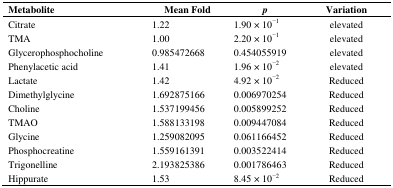
| Metabolite | Mean Fold | p | Variation |
 | --- | --- | --- | --- |
 | Citrate | 1.22 | 1.90 × 10−1 | elevated |
 | TMA | 1.00 | 2.20 × 10−1 | elevated |
 | Glycerophosphocholine | 0.985472668 | 0.454055919 | elevated |
 | Phenylacetic acid | 1.41 | 1.96 × 10−2 | elevated |
 | Lactate | 1.42 | 4.92 × 10−2 | Reduced |
 | Dimethylglycine | 1.692875166 | 0.006970254 | Reduced |
 | Choline | 1.537199456 | 0.005899252 | Reduced |
 | TMAO | 1.588133198 | 0.009447084 | Reduced |
 | Glycine | 1.259082095 | 0.061166452 | Reduced |
 | Phosphocreatine | 1.559161391 | 0.003522414 | Reduced |
 | Trigonelline | 2.193825386 | 0.001786463 | Reduced |
 | Hippurate | 1.53 | 8.45 × 10−2 | Reduced |